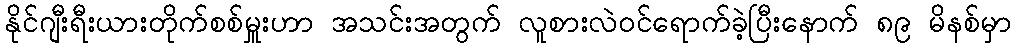
နိုင်ဂျီးရီးယားတိုက်စစ်မှူးဟာ အသင်းအတွက် လူစားလဲဝင်ရောက်ခဲ့ပြီးနောက် ၈၉ မိနစ်မှာ